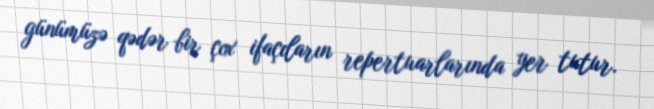
günümüzə qədər bir çox ifaçıların repertuarlarında yer tutur.